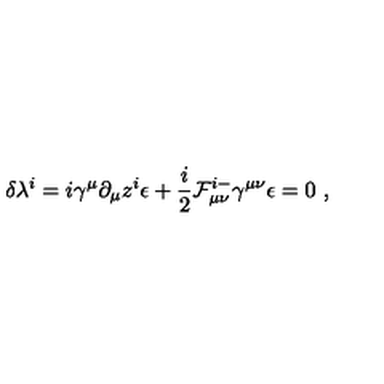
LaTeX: \delta \lambda ^ { i } = i \gamma ^ { \mu } \partial _ { \mu } z ^ { i } \epsilon + { \frac { i } { 2 } } { \cal F } _ { \mu \nu } ^ { i - } \gamma ^ { \mu \nu } \epsilon = 0 \ ,